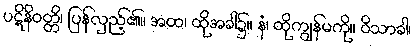
ပဋိနိဝတ္တိ၊ ပြန်လှည့်၏။ အထ၊ ထိုအခါ၌။ နံ၊ ထိုကျွန်မကို။ ဝိသာခါ၊